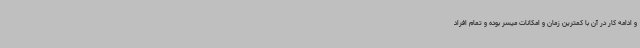
و ادامه کار در آن با کمترین زمان و امکانات میسر بوده و تمام افراد